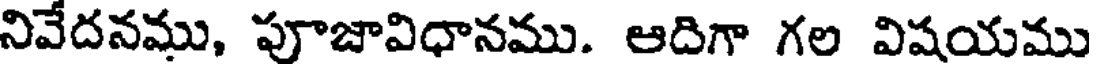
నివేదనము, పూజావిధానము. ఆదిగా గల విషయము